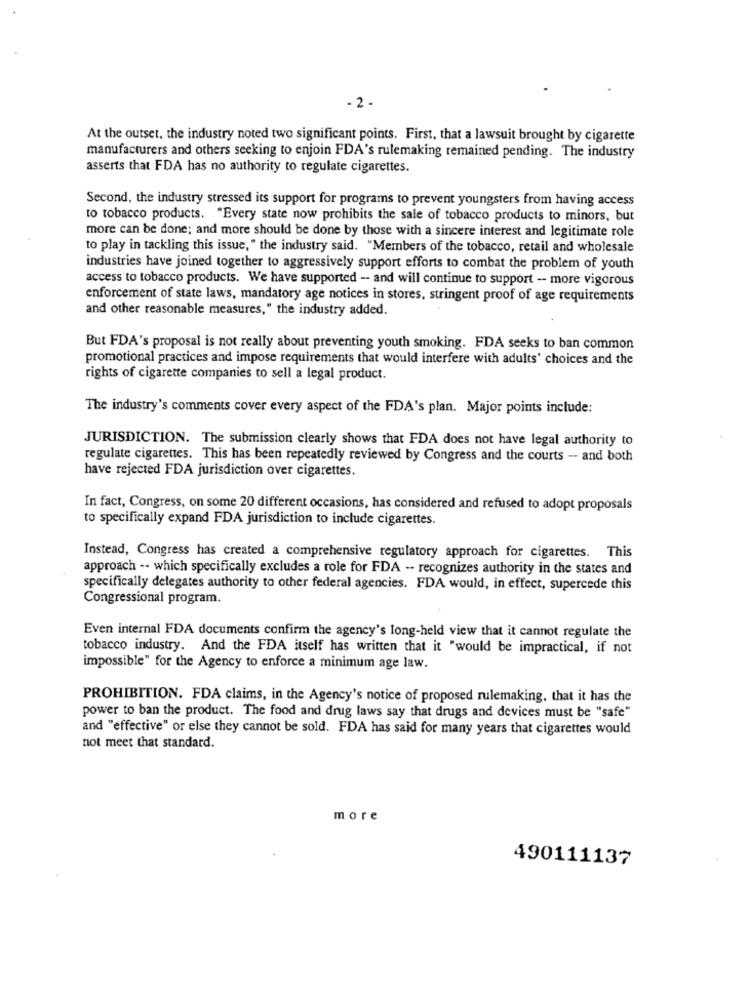
- 2 -
At the outset, the industry noted two significant points. First, that a lawsuit brought by cigarette
manufacturers and others seeking to enjoin FDA's rulemaking remained pending. The industry
asserts that FDA has no authority to regulate cigarettes.
Second, the industry stressed its support for programs to prevent youngsters from having access
to tobacco products. "Every state now prohibits the sale of tobacco products to minors, but
more can be done; and more should be done by those with a sincere interest and legitimate role
to play in tackling this issue, " the industry said. "Members of the tobacco, retail and wholesale
industries have joined together to aggressively support efforts to combat the problem of youth
access to tobacco products. We have supported -- and will continue to support - more vigorous
enforcement of state laws, mandatory age notices in stores, stringent proof of age requirements
and other reasonable measures," the industry added.
But FDA's proposal is not really about preventing youth smoking. FDA seeks to ban common
promotional practices and impose requirements that would interfere with adults' choices and the
rights of cigarette companies to sell a legal product.
The industry's comments cover every aspect of the FDA's plan. Major points include:
JURISDICTION. The submission clearly shows that FDA does not have legal authority to
regulate cigarettes. This has been repeatedly reviewed by Congress and the courts - and both
have rejected FDA jurisdiction over cigarettes.
In fact, Congress, on some 20 different occasions, has considered and refused to adopt proposals
to specifically expand FDA jurisdiction to include cigarettes.
Instead, Congress has created a comprehensive regulatory approach for cigarettes. This
approach -- which specifically excludes a role for FDA -- recognizes authority in the states and
specifically delegates authority to other federal agencies. FDA would, in effect, supercede this
Congressional program.
Even internal FDA documents confirm the agency's long-held view that it cannot regulate the
tobacco industry. And the FDA itself has written that it "would be impractical, if not
impossible" for the Agency to enforce a minimum age law.
PROHIBITION. FDA claims, in the Agency's notice of proposed rulemaking, that it has the
power to ban the product. The food and drug laws say that drugs and devices must be "safe"
and "effective" or else they cannot be sold. FDA has said for many years that cigarettes would
not meet that standard.
more
490111137